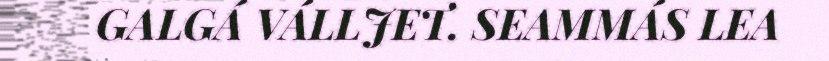
GALGÁ VÁLLJET. SEAMMÁS LEA